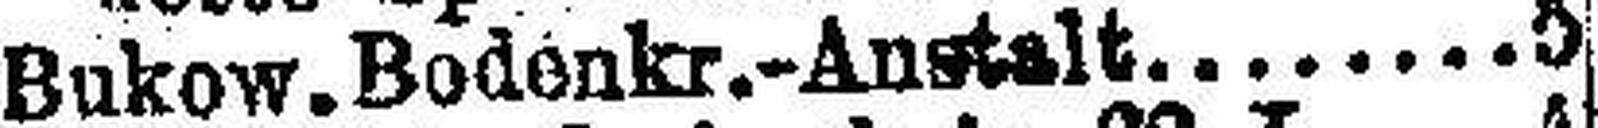
Bukow. Bodenkr.-Anstalt 5